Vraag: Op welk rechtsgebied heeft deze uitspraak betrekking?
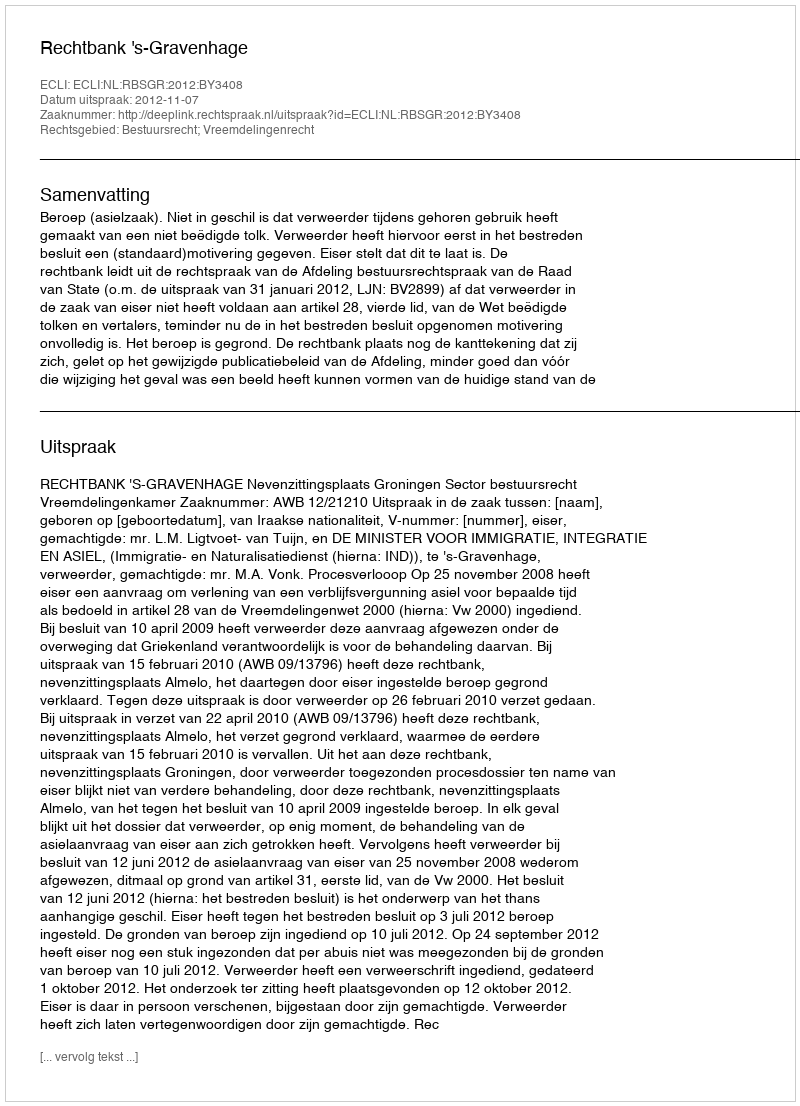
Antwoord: Bestuursrecht; Vreemdelingenrecht